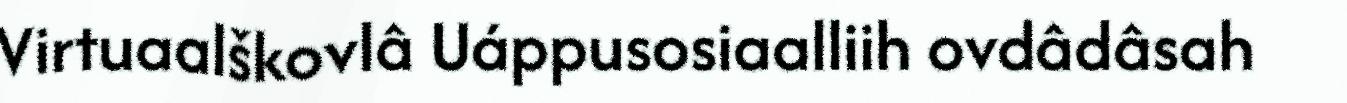
Virtuaalškovlâ Uáppusosiaalliih ovdâdâsah